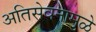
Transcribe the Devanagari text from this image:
अतिसेवनामुळे